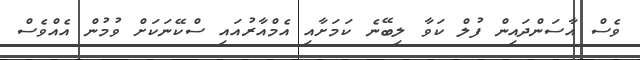
ވެސް އާސަންދައިން ފުލް ކަވާ ލިބޭނެ ކަމަށާއި އެމްއާރުއައި ސްކޭނަކަށް ވުމުން އެއްވެސް